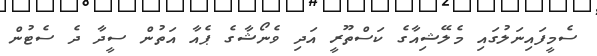
ސެމީފައިނަލުގައި މެލޭޝިއާގެ ކަސްތޫރީ އަދި ވެނޯޝާގެ ޕެއާ އަތުން ސީދާ ދެ ސެޓުން